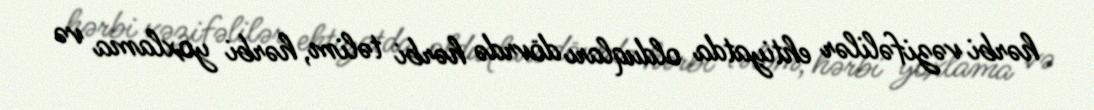
hərbi vəzifəlilər ehtiyatda olduqları dövrdə hərbi təlim, hərbi yoxlama və